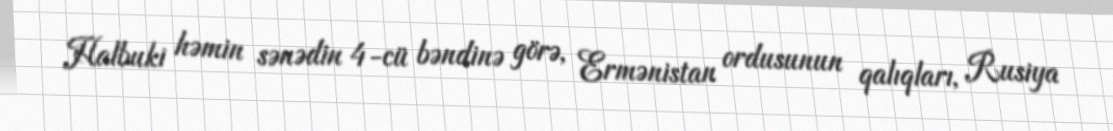
Halbuki həmin sənədin 4-cü bəndinə görə, Ermənistan ordusunun qalıqları, Rusiya